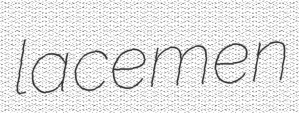
lacemen